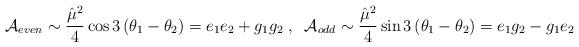
LaTeX: \begin{align*}{\cal A}_{even} \sim \frac {{\hat \mu}^2}4 \cos 3 \left(\theta_{1} - \theta_{2} \right) =e_1 e_2 + g_1 g_2 \;,\;\; {\cal A}_{odd} \sim \frac {{\hat \mu}^2}4 \sin 3 \left(\theta_{1} - \theta_{2} \right) =e_1 g_2 - g_1 e_2\end{align*}